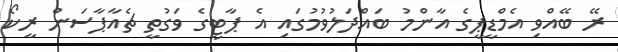
ރޭ ބޭއްވި އެމްޑީޕީގެ އާންމު ބައްދަލުވުމުގައި އެ ޕާޓީގެ ވަގުތީ ޗެއާޕާސަން ރީކޯ